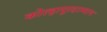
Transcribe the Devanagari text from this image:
कोल्हापूरदरम्यान